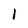
Character: 1